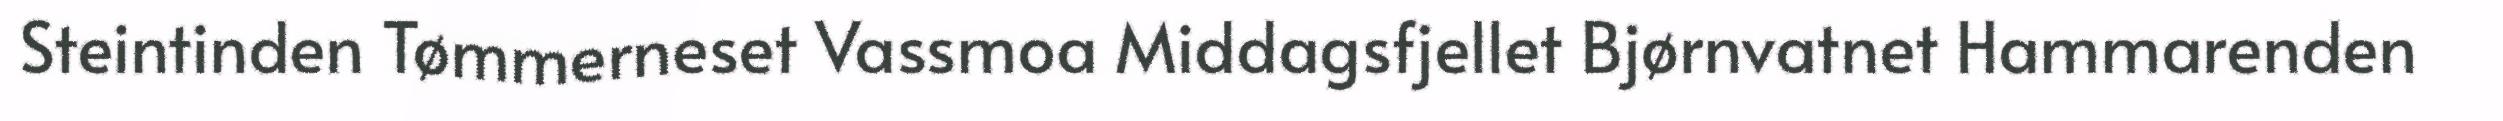
Steintinden Tømmerneset Vassmoa Middagsfjellet Bjørnvatnet Hammarenden